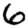
Digit: 6